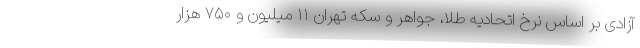
آزادی بر اساس نرخ اتحادیه طلا، جواهر و سکه تهران ۱۱ میلیون و ۷۵۰ هزار